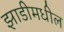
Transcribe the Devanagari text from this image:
झाडीमधील